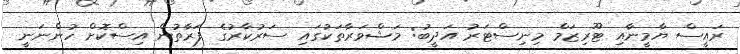
ރައީސް ޔާމީނާއި ޓޫރިޒަމް މިނިސްޓަރު އަދީބު: މަޝްވަރާތަކުގައި ސަރުކާރުގެ ފަރާތުން އިސްކޮށް ހުންނަނީ